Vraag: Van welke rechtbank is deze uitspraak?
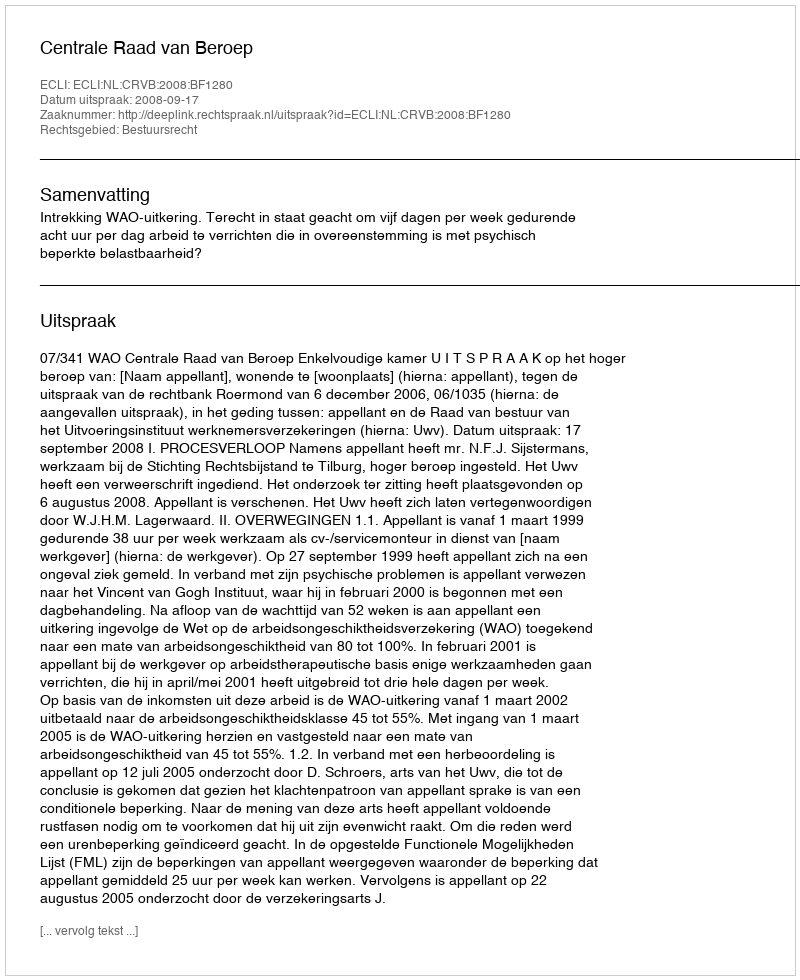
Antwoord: Centrale Raad van Beroep